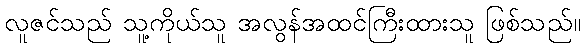
လူဇင်သည် သူ့ကိုယ်သူ အလွန်အထင်ကြီးထားသူ ဖြစ်သည်။